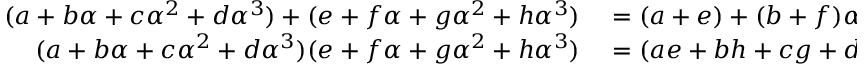
\begin{array} { r l } { ( a + b \alpha + c \alpha ^ { 2 } + d \alpha ^ { 3 } ) + ( e + f \alpha + g \alpha ^ { 2 } + h \alpha ^ { 3 } ) } & { { } = ( a + e ) + ( b + f ) \alpha + ( c + g ) \alpha ^ { 2 } + ( d + h ) \alpha ^ { 3 } } \\ { ( a + b \alpha + c \alpha ^ { 2 } + d \alpha ^ { 3 } ) ( e + f \alpha + g \alpha ^ { 2 } + h \alpha ^ { 3 } ) } & { { } = ( a e + b h + c g + d f ) + ( a f + b e + b h + c g + d f + c h + d g ) \alpha \; + } \end{array}